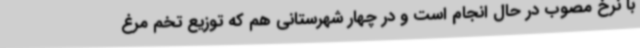
با نرخ مصوب در حال انجام است و در چهار شهرستانی هم که توزیع تخم مرغ